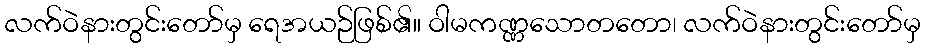
လက်ဝဲနားတွင်းတော်မှ ရေအယဉ်ဖြစ်၏။ ဝါမကဏ္ဏသောတတော၊ လက်ဝဲနားတွင်းတော်မှ